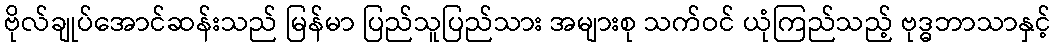
ဗိုလ်ချုပ်အောင်ဆန်းသည် မြန်မာ ပြည်သူပြည်သား အများစု သက်ဝင် ယုံကြည်သည့် ဗုဒ္ဓဘာသာနှင့်